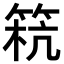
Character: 𥮕